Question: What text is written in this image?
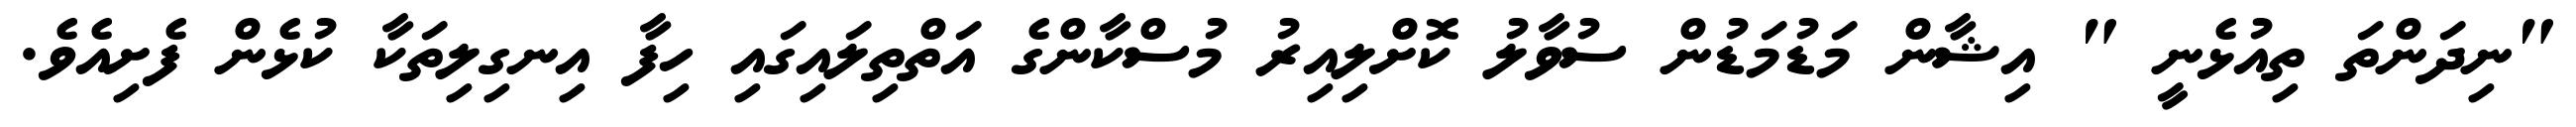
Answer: "ނިދަންތަ ތިއުޅެނީ " އިޝާން މަޑުމަޑުން ސުވާލު ކޮށްލިއިރު މުސްކާންގެ އަތްތިލައިގައި ހިފާ އިނގިލިތަކާ ކުޅެން ފެށިއެވެ.